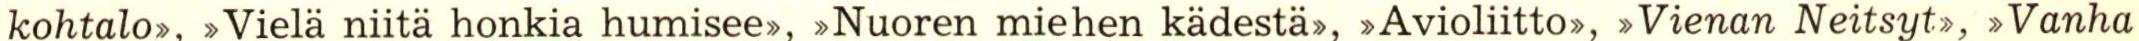
kohtalo>, >Vielä niitä honkia humisee>, >Nuoren miehen kädestä>, >Avioliitto>, >Vienan Neitsyt, >Vanha